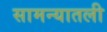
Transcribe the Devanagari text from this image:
सामन्यातली